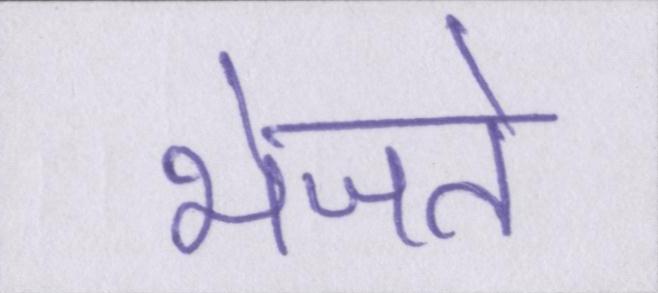
भेजते